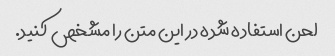
لحن استفاده شده در این متن را مشخص کنید.